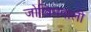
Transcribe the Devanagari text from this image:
जोखिमवाली